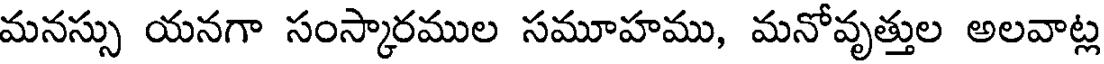
మనస్సు యనగా సంస్కారముల సమూహము, మనోవృత్తుల అలవాట్ల